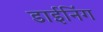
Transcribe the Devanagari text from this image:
डाईनिंग